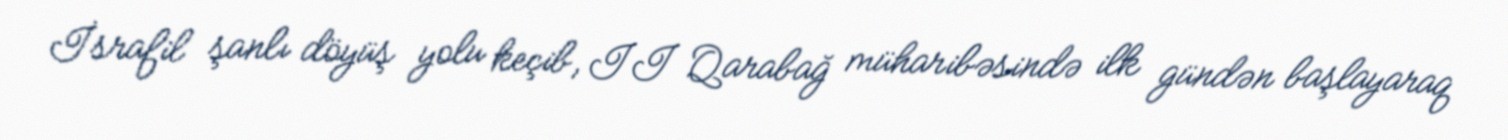
İsrafil şanlı döyüş yolu keçib, II Qarabağ müharibəsində ilk gündən başlayaraq